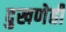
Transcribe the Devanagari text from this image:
दुखणेही